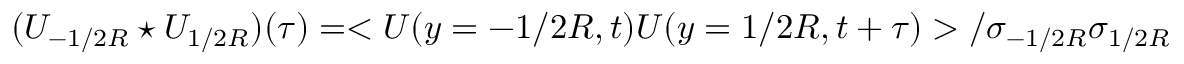
( U _ { - 1 / 2 R } \star U _ { 1 / 2 R } ) ( \tau ) = < U ( y = - 1 / 2 R , t ) U ( y = 1 / 2 R , t + \tau ) > / \sigma _ { - 1 / 2 R } \sigma _ { 1 / 2 R }